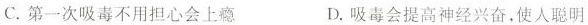
C.第一次吸毒不用担心会上瘾 D.吸毒会提高神经兴奋，使人聪明